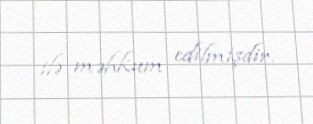
ilə məhkum edilmişdir.